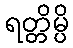
ရတ္တိမ္ပိ